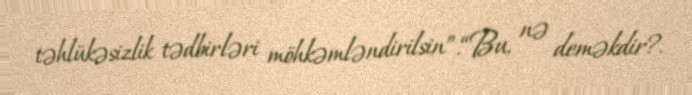
təhlükəsizlik tədbirləri möhkəmləndirilsin”.“Bu, nə deməkdir?.